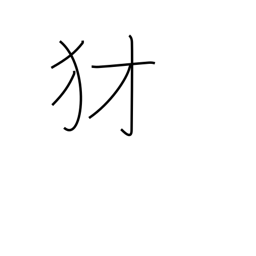
Meaning: mean